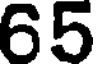
65